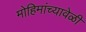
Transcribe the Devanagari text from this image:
मोहिमांच्यावेळी